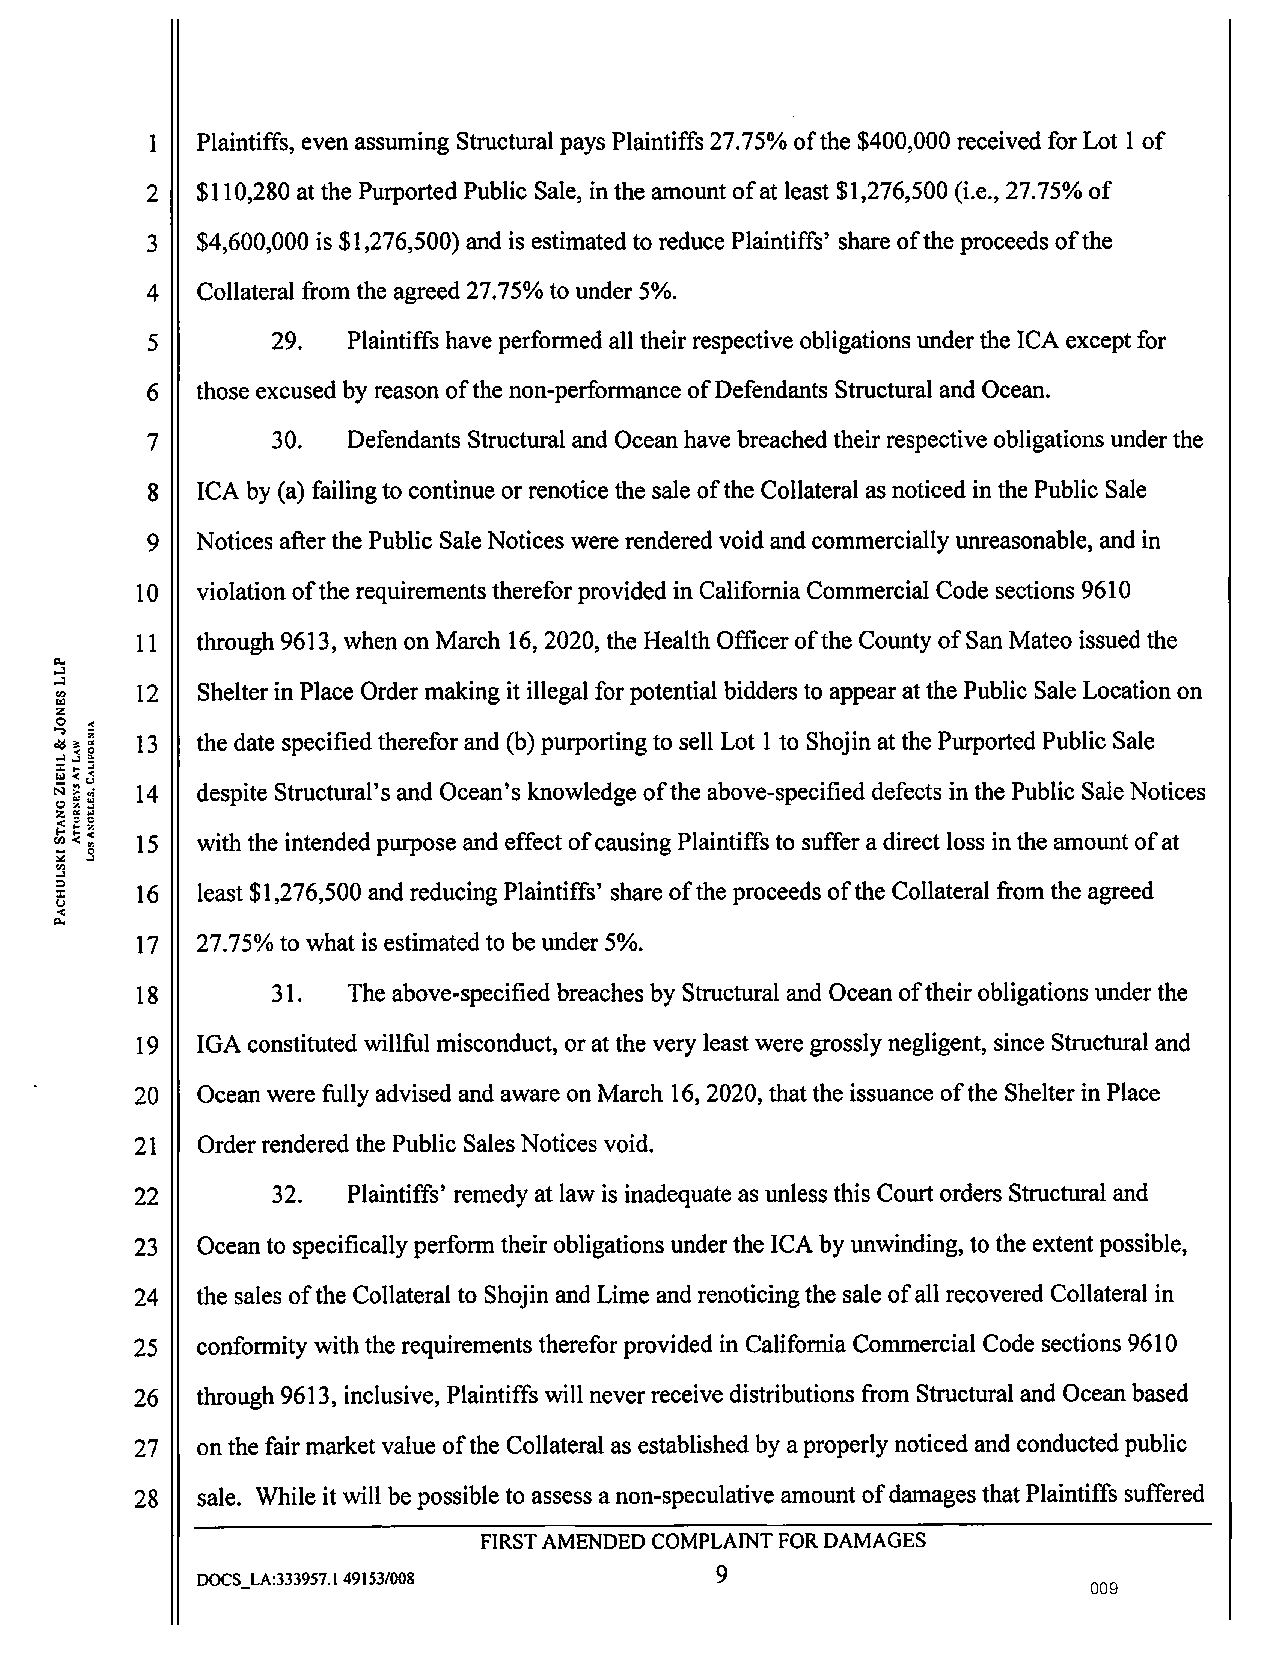
1  Plaintiffs, even assuming Structural pays Plaintiffs 27.75% of the $400,000 received for Lot 1 of
 2  $110,280 at the Purported Public Sale, in the amount of at least $1,276,500 (i.e., 27.75% of
 3  $4,600,000 is $1,276,500) and is estimated to reduce Plaintiffs' share of the proceeds of the
 4  Collateral from the agreed 27.75% to under 5%.
 5       29.  Plaintiffs have performed all their respective obligations under the ICA except for
 6  those excused by reason of the non-performance of Defendants Structural and Ocean.
 7       30.  Defendants Structural and Ocean have breached their respective obligations under the
 8  ICA by (a) failing to continue or renotice the sale of the Collateral as noticed in the Public Sale
 9  Notices after the Public Sale Notices were rendered void and commercially unreasonable, and in
 10  violation of the requirements therefor provided in California Commercial Code sections 9610
 11  through 9613, when on March 16, 2020, the Health Officer of the County of San Mateo issued the
 .~.J
 ..J  12  Shelter in Place Order making it illegal for potential bidders to appear at the Public Sale Location on
 0
 1zM
 .0.. ,
 Cl($ 13  the date specified therefor and (b) purporting to sell Lot 1 to Shojin at the Purported Public Sale
 ..l
 :i:
 1M
 N    14  despite Structural's and Ocean's knowledge of the above-specified defects in the Public Sale Notices
 tz.:)
 <
 tf f.- ) 15 with the intended purpose and effect of causing Plaintiffs to suffer a direct loss in the amount of at
 ~
 0
 ..l
 : :i) : 16 least $1,276,500 and reducing Plaintiffs' share of the proceeds of the Collateral from the agreed
 C.,)
 <
 ~
 17  27.75% to what is estimated to be under 5%.
 18       31.  The above-specified breaches by Structural and Ocean of their obligations under the
 19  IGA constituted willful misconduct, or at the very least were grossly negligent, since Structural and
 20  Ocean were fully advised and aware on March 16, 2020, that the issuance of the Shelter in Place
 21  Order rendered the Public Sales Notices void.
 22       32.  Plaintiffs' remedy at law is inadequate as unless this Court orders Structural and
 23  Ocean to specifically perform their obligations under the ICA by unwinding, to the extent possible,
 24  the sales of the Collateral to Shojin and Lime and renoticing the sale of all recovered Collateral in
 25  conformity with the requirements therefor provided in California Commercial Code sections 9610
 26  through 9613, inclusive, Plaintiffs will never receive distributions from Structural and Ocean based
 27  on the fair market value of the Collateral as established by a properly noticed and conducted public
 28  sale. While it will be possible to assess a non-speculative amount of damages that Plaintiffs suffered
 FIRST AMENDED COMPLAINT FOR DAMAGES
 9
 DOCS_LA:333957.1 49153/008
 009